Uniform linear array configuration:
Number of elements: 48
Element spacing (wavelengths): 1
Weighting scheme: exponential
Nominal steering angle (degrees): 45
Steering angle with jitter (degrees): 44.755
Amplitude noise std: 0.05
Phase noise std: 0.05

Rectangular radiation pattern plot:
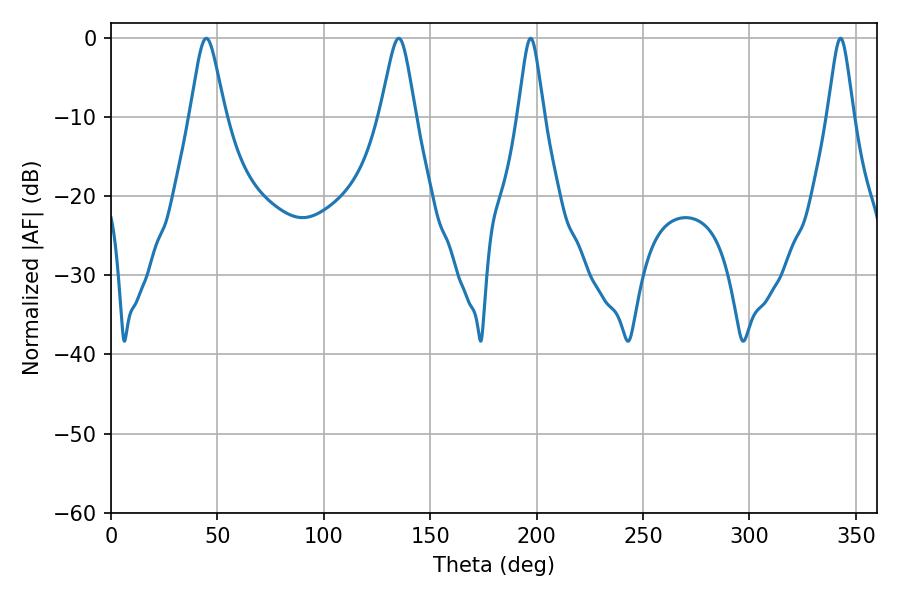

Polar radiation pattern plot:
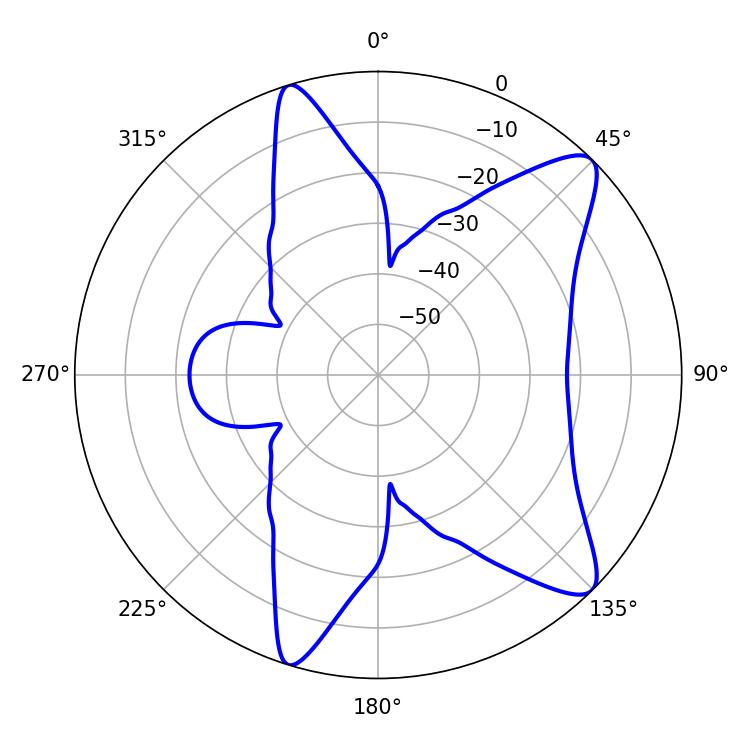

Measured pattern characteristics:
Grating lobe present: TRUE
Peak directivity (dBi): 10.647
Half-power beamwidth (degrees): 7.92
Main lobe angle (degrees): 135.18